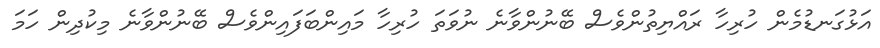
އަޅުގަނޑުމެން ހުރިހާ ރައްޔިތުންވެސް ބޭނުންވާނެ ނުވަތަ ހުރިހާ މައިންބަފައިންވެސް ބޭނުންވާނެ މިކުދިން ހަމަ